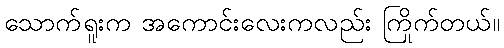
သောက်ရူးက အကောင်းလေးကလည်း ကြိုက်တယ်။